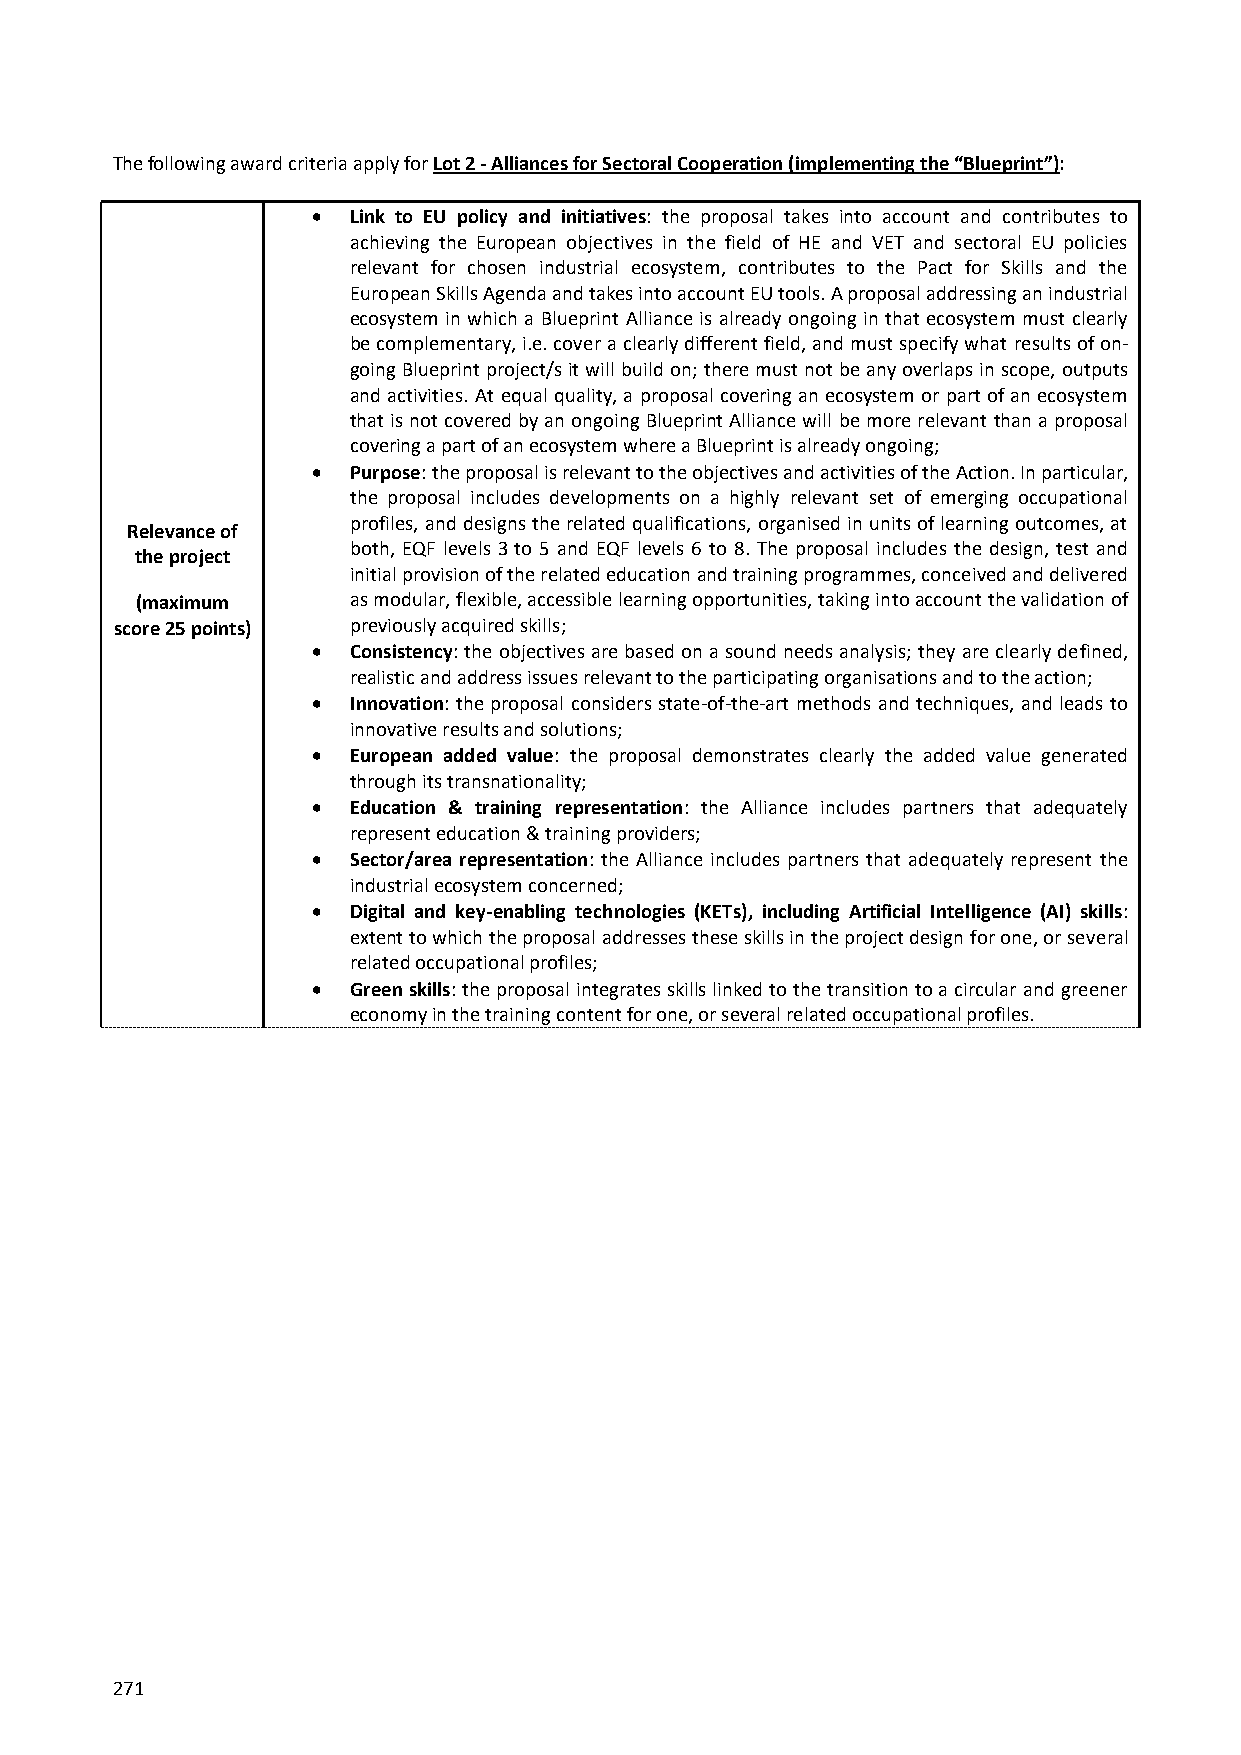
The following award criteria apply for Lot 2 - Alliances for Sectoral Cooperation (implementing the “Blueprint”):
  Link to EU policy and initiatives: the proposal takes into account and contributes to
 achieving the European objectives in the field of HE and VET and sectoral EU policies
 relevant for chosen industrial ecosystem, contributes to the Pact for Skills and the
 European Skills Agenda and takes into account EU tools. A proposal addressing an industrial
 ecosystem in which a Blueprint Alliance is already ongoing in that ecosystem must clearly
 be complementary, i.e. cover a clearly different field, and must specify what results of on-
 going Blueprint project/s it will build on; there must not be any overlaps in scope, outputs
 and activities. At equal quality, a proposal covering an ecosystem or part of an ecosystem
 that is not covered by an ongoing Blueprint Alliance will be more relevant than a proposal
 covering a part of an ecosystem where a Blueprint is already ongoing;
  Purpose: the proposal is relevant to the objectives and activities of the Action. In particular,
 the proposal includes developments on a highly relevant set of emerging occupational
 profiles, and designs the related qualifications, organised in units of learning outcomes, at
 Relevance of
 both, EQF levels 3 to 5 and EQF levels 6 to 8. The proposal includes the design, test and
 the project
 initial provision of the related education and training programmes, conceived and delivered
 (maximum      as modular, flexible, accessible learning opportunities, taking into account the validation of
 score 25 points) previously acquired skills;
  Consistency: the objectives are based on a sound needs analysis; they are clearly defined,
 realistic and address issues relevant to the participating organisations and to the action;
  Innovation: the proposal considers state-of-the-art methods and techniques, and leads to
 innovative results and solutions;
  European added value: the proposal demonstrates clearly the added value generated
 through its transnationality;
  Education & training representation: the Alliance includes partners that adequately
 represent education & training providers;
  Sector/area representation: the Alliance includes partners that adequately represent the
 industrial ecosystem concerned;
  Digital and key-enabling technologies (KETs), including Artificial Intelligence (AI) skills:
 extent to which the proposal addresses these skills in the project design for one, or several
 related occupational profiles;
  Green skills: the proposal integrates skills linked to the transition to a circular and greener
 economy in the training content for one, or several related occupational profiles.
 271